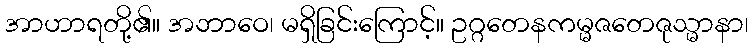
အာဟာရတို့၏။ အဘာဝေ၊ မရှိခြင်းကြောင့်။ ဥဂ္ဂတေနကမ္မဇတေဇုသ္မာနာ၊